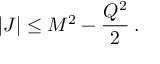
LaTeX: | J | \leq M ^ { 2 } - \frac { Q ^ { 2 } } { 2 } \: .